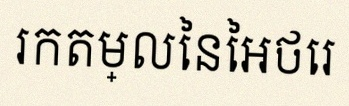
រកតម្លៃនៃអថេរ